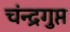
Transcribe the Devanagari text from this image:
चंन्द्रगुप्त